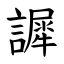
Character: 䜄